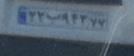
۲۲ب۹۴۳۷۷